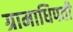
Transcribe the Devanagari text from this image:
ग्रामाधिपती